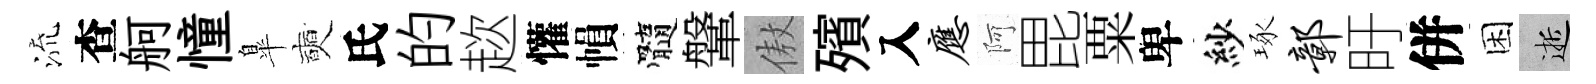
流查舸憧臯奭氏的趑懽𢄙髓鞶傲殯入应阿毘粟卑紗琢鄣旴併困逝